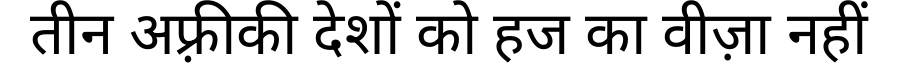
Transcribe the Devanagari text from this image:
तीन अफ़्रीकी देशों को हज का वीज़ा नहीं